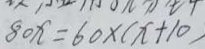
8 0 x = 6 0 \times ( x + 1 0 )